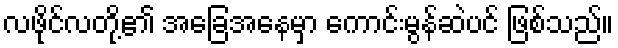
လဖိုင်လတို့၏ အခြေအနေမှာ ကောင်းမွန်ဆဲပင် ဖြစ်သည်။